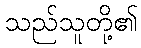
သည်သူတို့၏